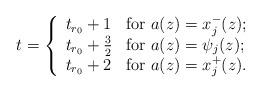
LaTeX: \begin{align*}t=\left\{\begin{array}{l@{\,\ }l} t_{r_0}+1 &\textrm{ for }a(z)=x_{j}^{-}(z);\\ t_{r_0}+\frac{3}{2} &\textrm{ for }a(z)=\psi_{j}(z);\\ t_{r_0}+2 &\textrm{ for }a(z)=x_{j}^{+}(z).\end{array}\right.\end{align*}